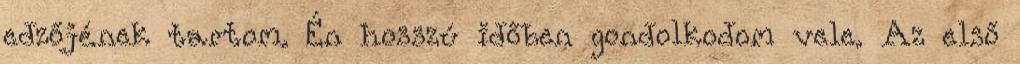
edzőjének tartom. Én hosszú időben gondolkodom vele. Az első